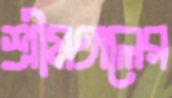
শ্রীমঙ্গলের